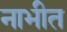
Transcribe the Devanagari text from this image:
नाभीत